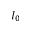
I _ { 0 }